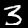
Digit: 3